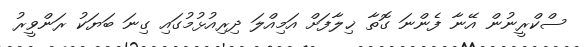
ސްކްރީނުން އޭނާ ފެންނަ ގޮތާ ޚިލާފަށް އަމިއްލަ ދިރިއުޅުމުގައި ގިނަ ބަޔަކު ރަންވީރު